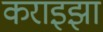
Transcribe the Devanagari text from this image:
कराइझा